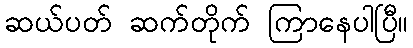
ဆယ်ပတ် ဆက်တိုက် ကြာနေပါပြီ။